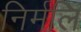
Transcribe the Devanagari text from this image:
निर्मलि